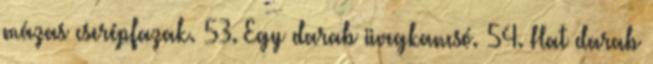
mázas cserépfazak. 53. Egy darab üvegkancsó. 54. Hat darab